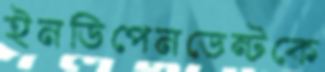
ইনডিপেনডেন্টকে